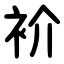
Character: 衸